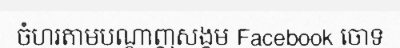
ចំហរតាមបណ្តាញសង្គម Facebook ចោទ